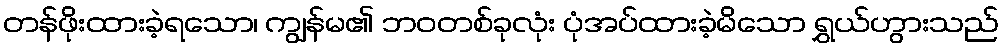
တန်ဖိုးထားခဲ့ရသော၊ ကျွန်မ၏ ဘဝတစ်ခုလုံး ပုံအပ်ထားခဲ့မိသော ရွှယ်ဟွားသည်